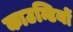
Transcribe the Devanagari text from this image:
काउन्टियों